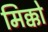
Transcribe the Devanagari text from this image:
मिक्को